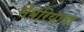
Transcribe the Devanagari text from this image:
सैबेरियावर